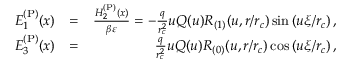
\begin{array} { r l r } { E _ { 1 } ^ { \mathrm { ( P ) } } ( x ) } & { = } & { \frac { H _ { 2 } ^ { \mathrm { ( P ) } } ( x ) } { \beta \varepsilon } = - \frac { q } { r _ { c } ^ { 2 } } u Q ( u ) R _ { ( 1 ) } ( u , r / r _ { c } ) \sin \left( u \xi / r _ { c } \right) , } \\ { E _ { 3 } ^ { \mathrm { ( P ) } } ( x ) } & { = } & { \frac { q } { r _ { c } ^ { 2 } } u Q ( u ) R _ { ( 0 ) } ( u , r / r _ { c } ) \cos \left( u \xi / r _ { c } \right) , } \end{array}